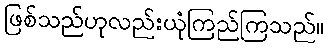
ဖြစ်သည်ဟုလည်းယုံကြည်ကြသည်။